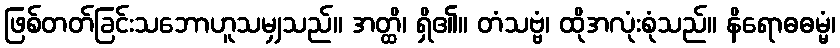
ဖြစ်တတ်ခြင်းသဘောဟူသမျှသည်။ အတ္ထိ၊ ရှိ၏။ တံသဗ္ဗံ၊ ထိုအလုံးစုံသည်။ နိရောဓဓမ္မံ၊